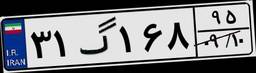
۳۱گ۱۶۸۹۵